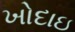
ખોદાઇ